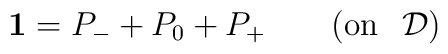
\mathbf{1}=P_{-}+P_{0}+P_{+}\quad \quad (\mathrm{on\,\ }\>\mathcal{D})